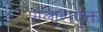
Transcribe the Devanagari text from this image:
पालाशयुक्त